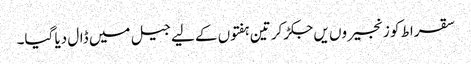
سقراط کو زنجیروں یں جکڑ کر تین ہفتوں کے لیے جیل میں ڈال دیا گیا۔